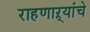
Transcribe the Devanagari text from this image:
राहणाऱ्यांचे